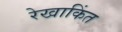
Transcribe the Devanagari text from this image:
रेखाकिंत